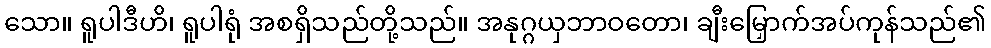
သော။ ရူပါဒီဟိ၊ ရူပါရုံ အစရှိသည်တို့သည်။ အနုဂ္ဂယှဘာဝတော၊ ချီးမြှောက်အပ်ကုန်သည်၏